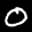
Label: 0